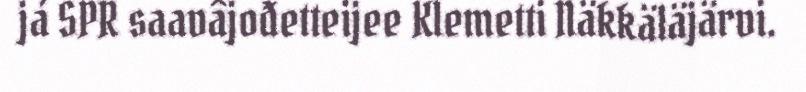
já SPR saavâjođetteijee Klemetti Näkkäläjärvi.